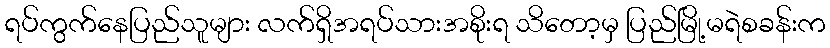
ရပ်ကွက်နေပြည်သူများ လက်ရှိအရပ်သားအစိုးရ သိတော့မှ ပြည်မြို့မရဲစခန်းက